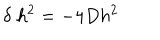
\delta \; h ^ { 2 } = - 4 D h ^ { 2 }